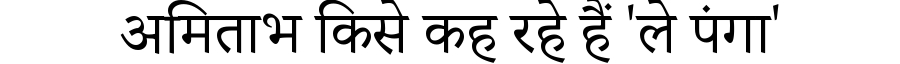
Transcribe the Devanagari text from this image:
अमिताभ किसे कह रहे हैं 'ले पंगा'